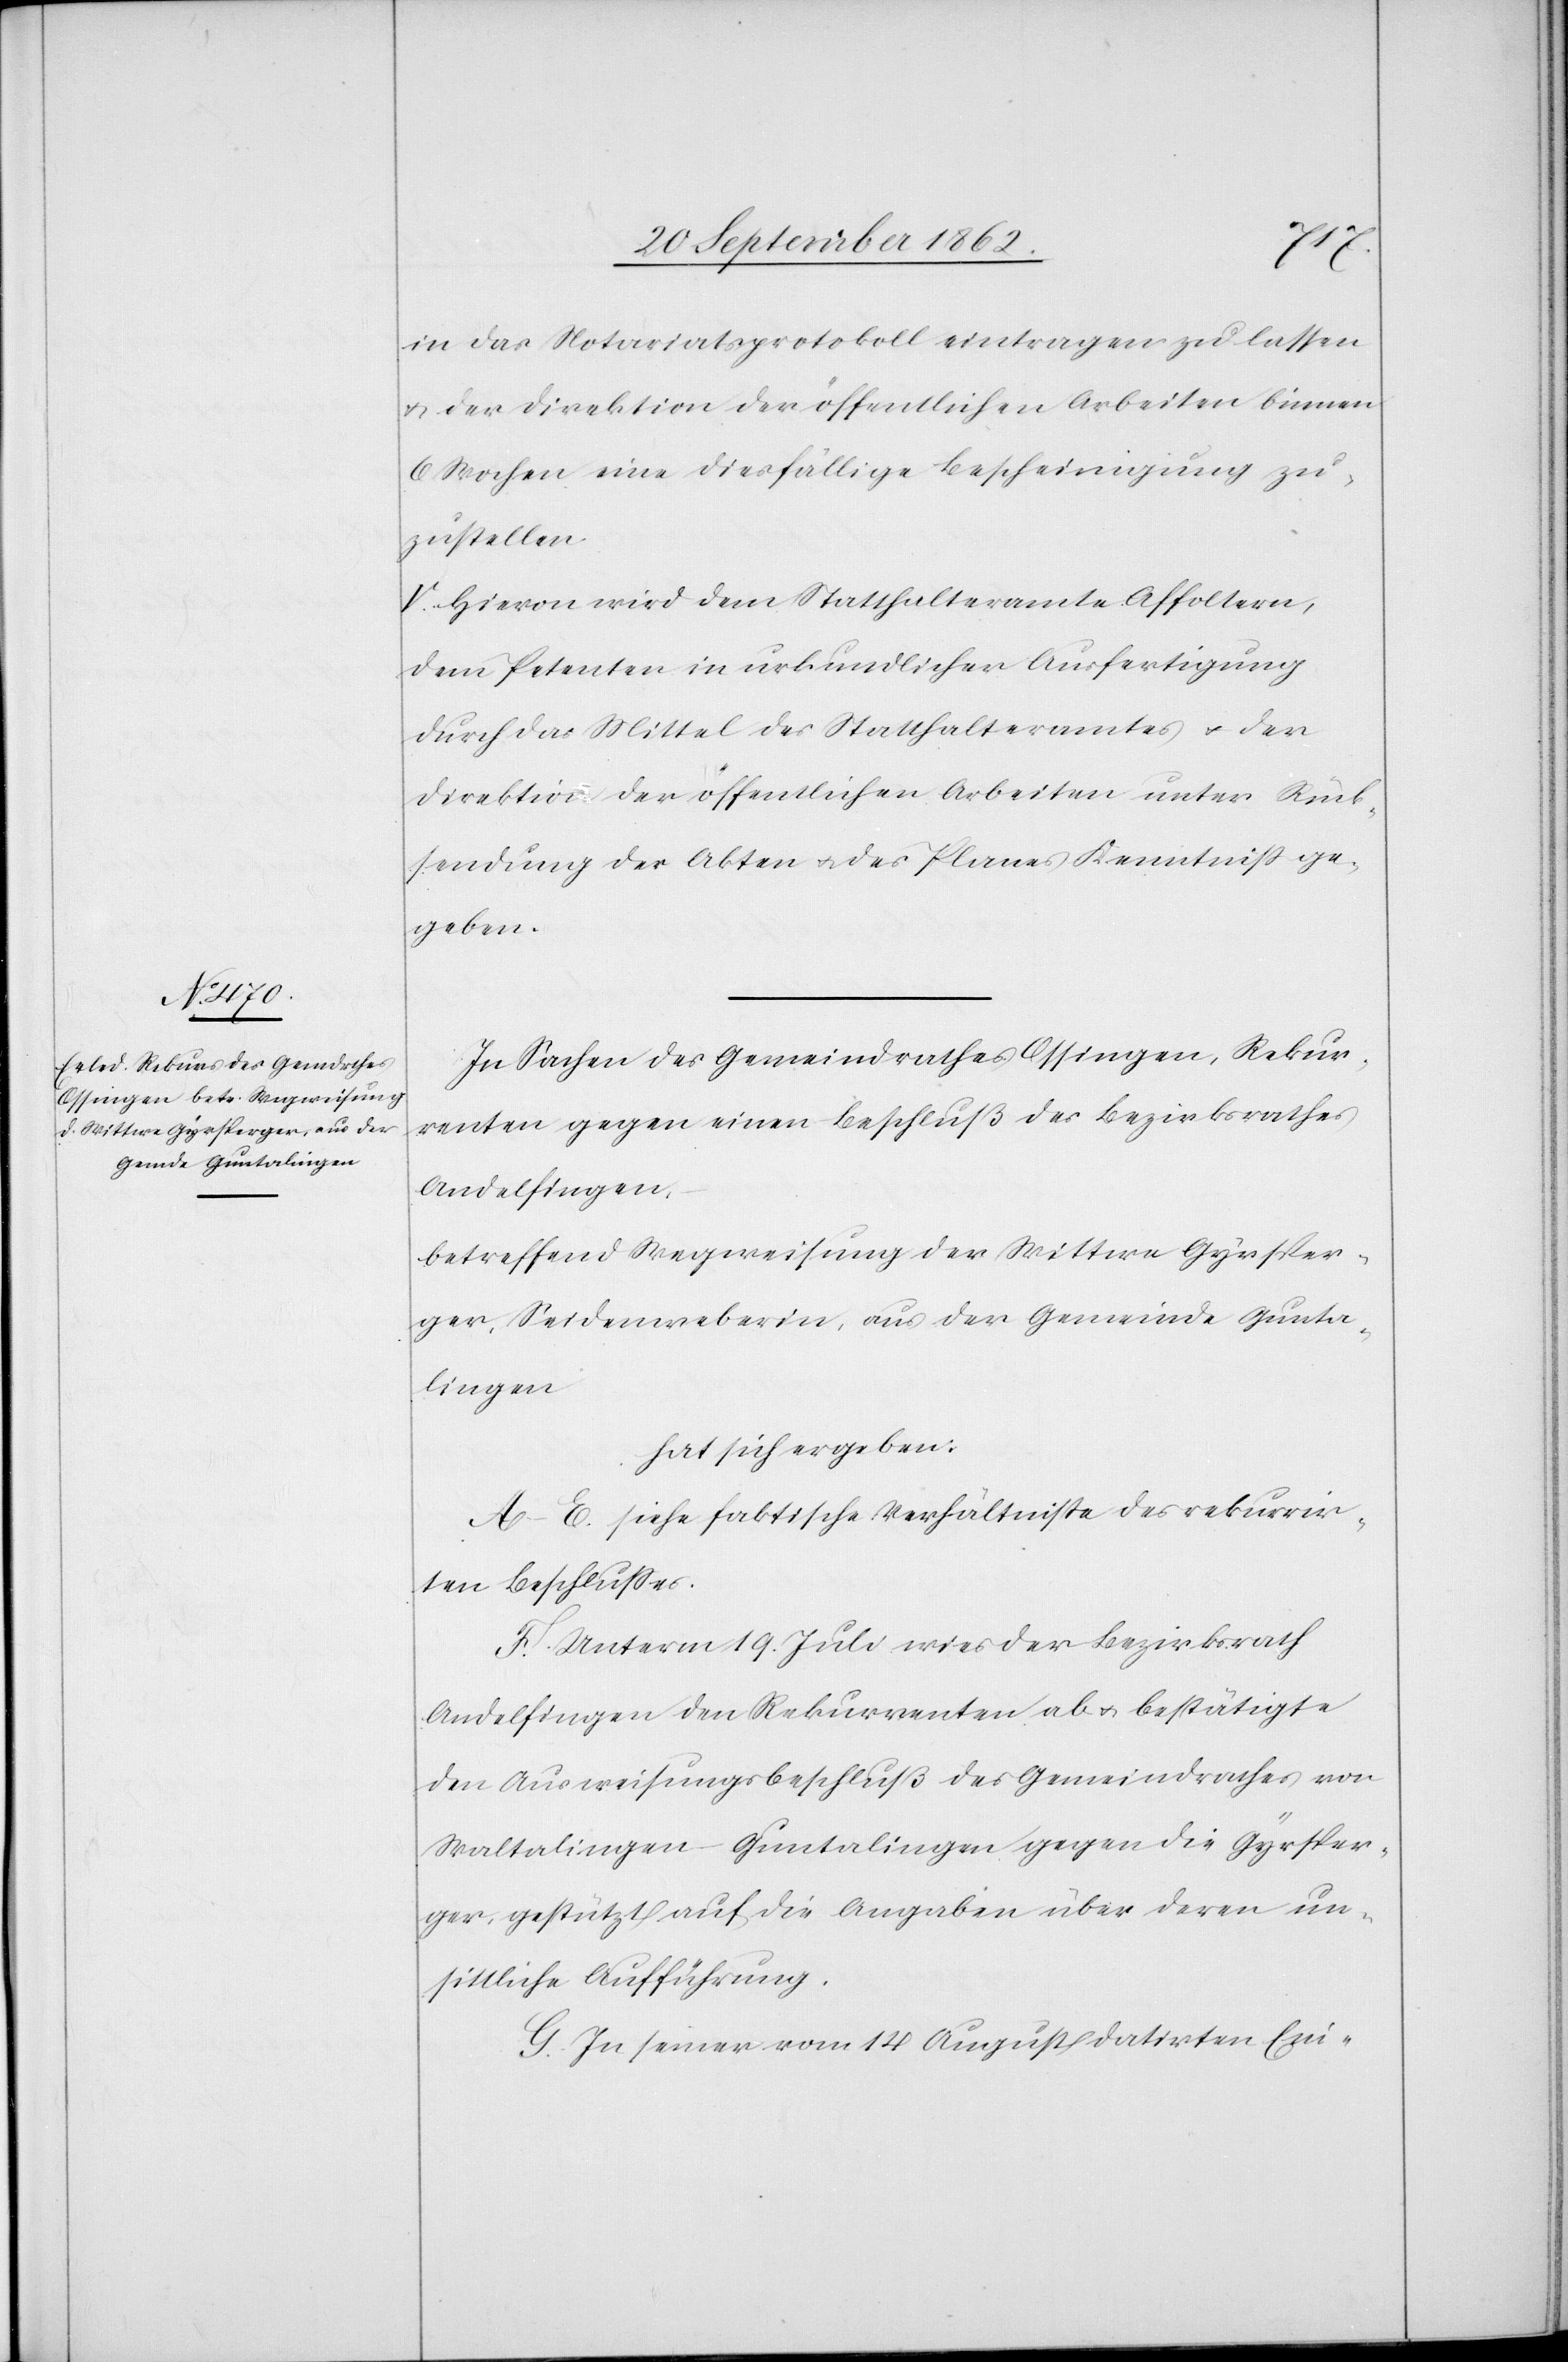
in das Notariatsprotokoll eintragen zu lassen
u. der Direktion der öffentlichen Arbeiten binnen
6 Wochen eine diesfällige Bescheinigung zu¬
zustellen.
V. Hievon wird dem Statthalteramte Affoltern,
dem Petenten in urkundlicher Ausfertigung
durch das Mittel des Statthalteramtes u. der
Direktion der öffentlichen Arbeiten unter Rück¬
stellung der Akten u. des Planes Kenntniß ge¬
geben.
In Sachen des Gemeindrathes Ossingen, Rekur¬
renten gegen einen Beschluß des Bezirksrathes
Andelfingen,
betreffend Wegweisung der Wittwe Gyrsper¬
ger, Seidenweberin, aus der Gemeinde Gunta¬
lingen
hat sich ergeben:
A–E. siehe faktische Verhältnisse des rekurrir¬
ten Beschlußes.
F. Unterm 19. Juli wies der Bezirksrath
Andelfingen den Rekurrenten ab u. bestätigte
den Ausweisungsbeschluß des Gemeindrathes von
Waltalingen-Guntalingen gegen die Gyrsper¬
ger, gestützt auf die Angaben über deren un¬
sittliche Aufführung.
G. In seiner vom 14. August datirten Ein-